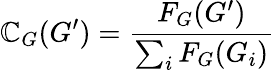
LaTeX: \mathbb{C}_{G}(G^{\prime})={\frac{{F_{G}(G^{\prime})}}{{\sum_{i}F_{G}(G_{i})}}}